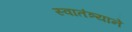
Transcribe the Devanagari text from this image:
स्वातंत्र्याने